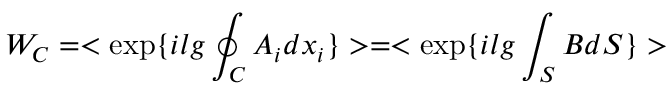
W _ { C } = < \exp \{ i l g \oint _ { C } A _ { i } d x _ { i } \} > = < \exp \{ i l g \int _ { S } B d S \} >